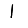
Digit: 1